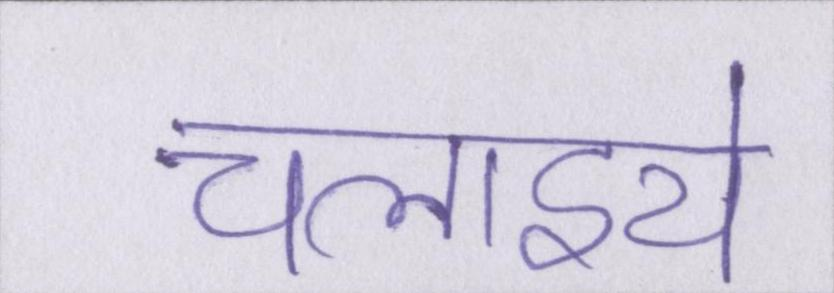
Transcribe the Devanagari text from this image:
चलाइये